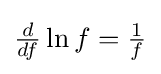
\textstyle {\frac {d}{df}}\ln f={\frac {1}{f}}